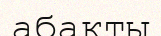
абакты